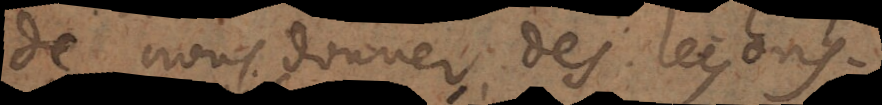
de nous donner des leçons.